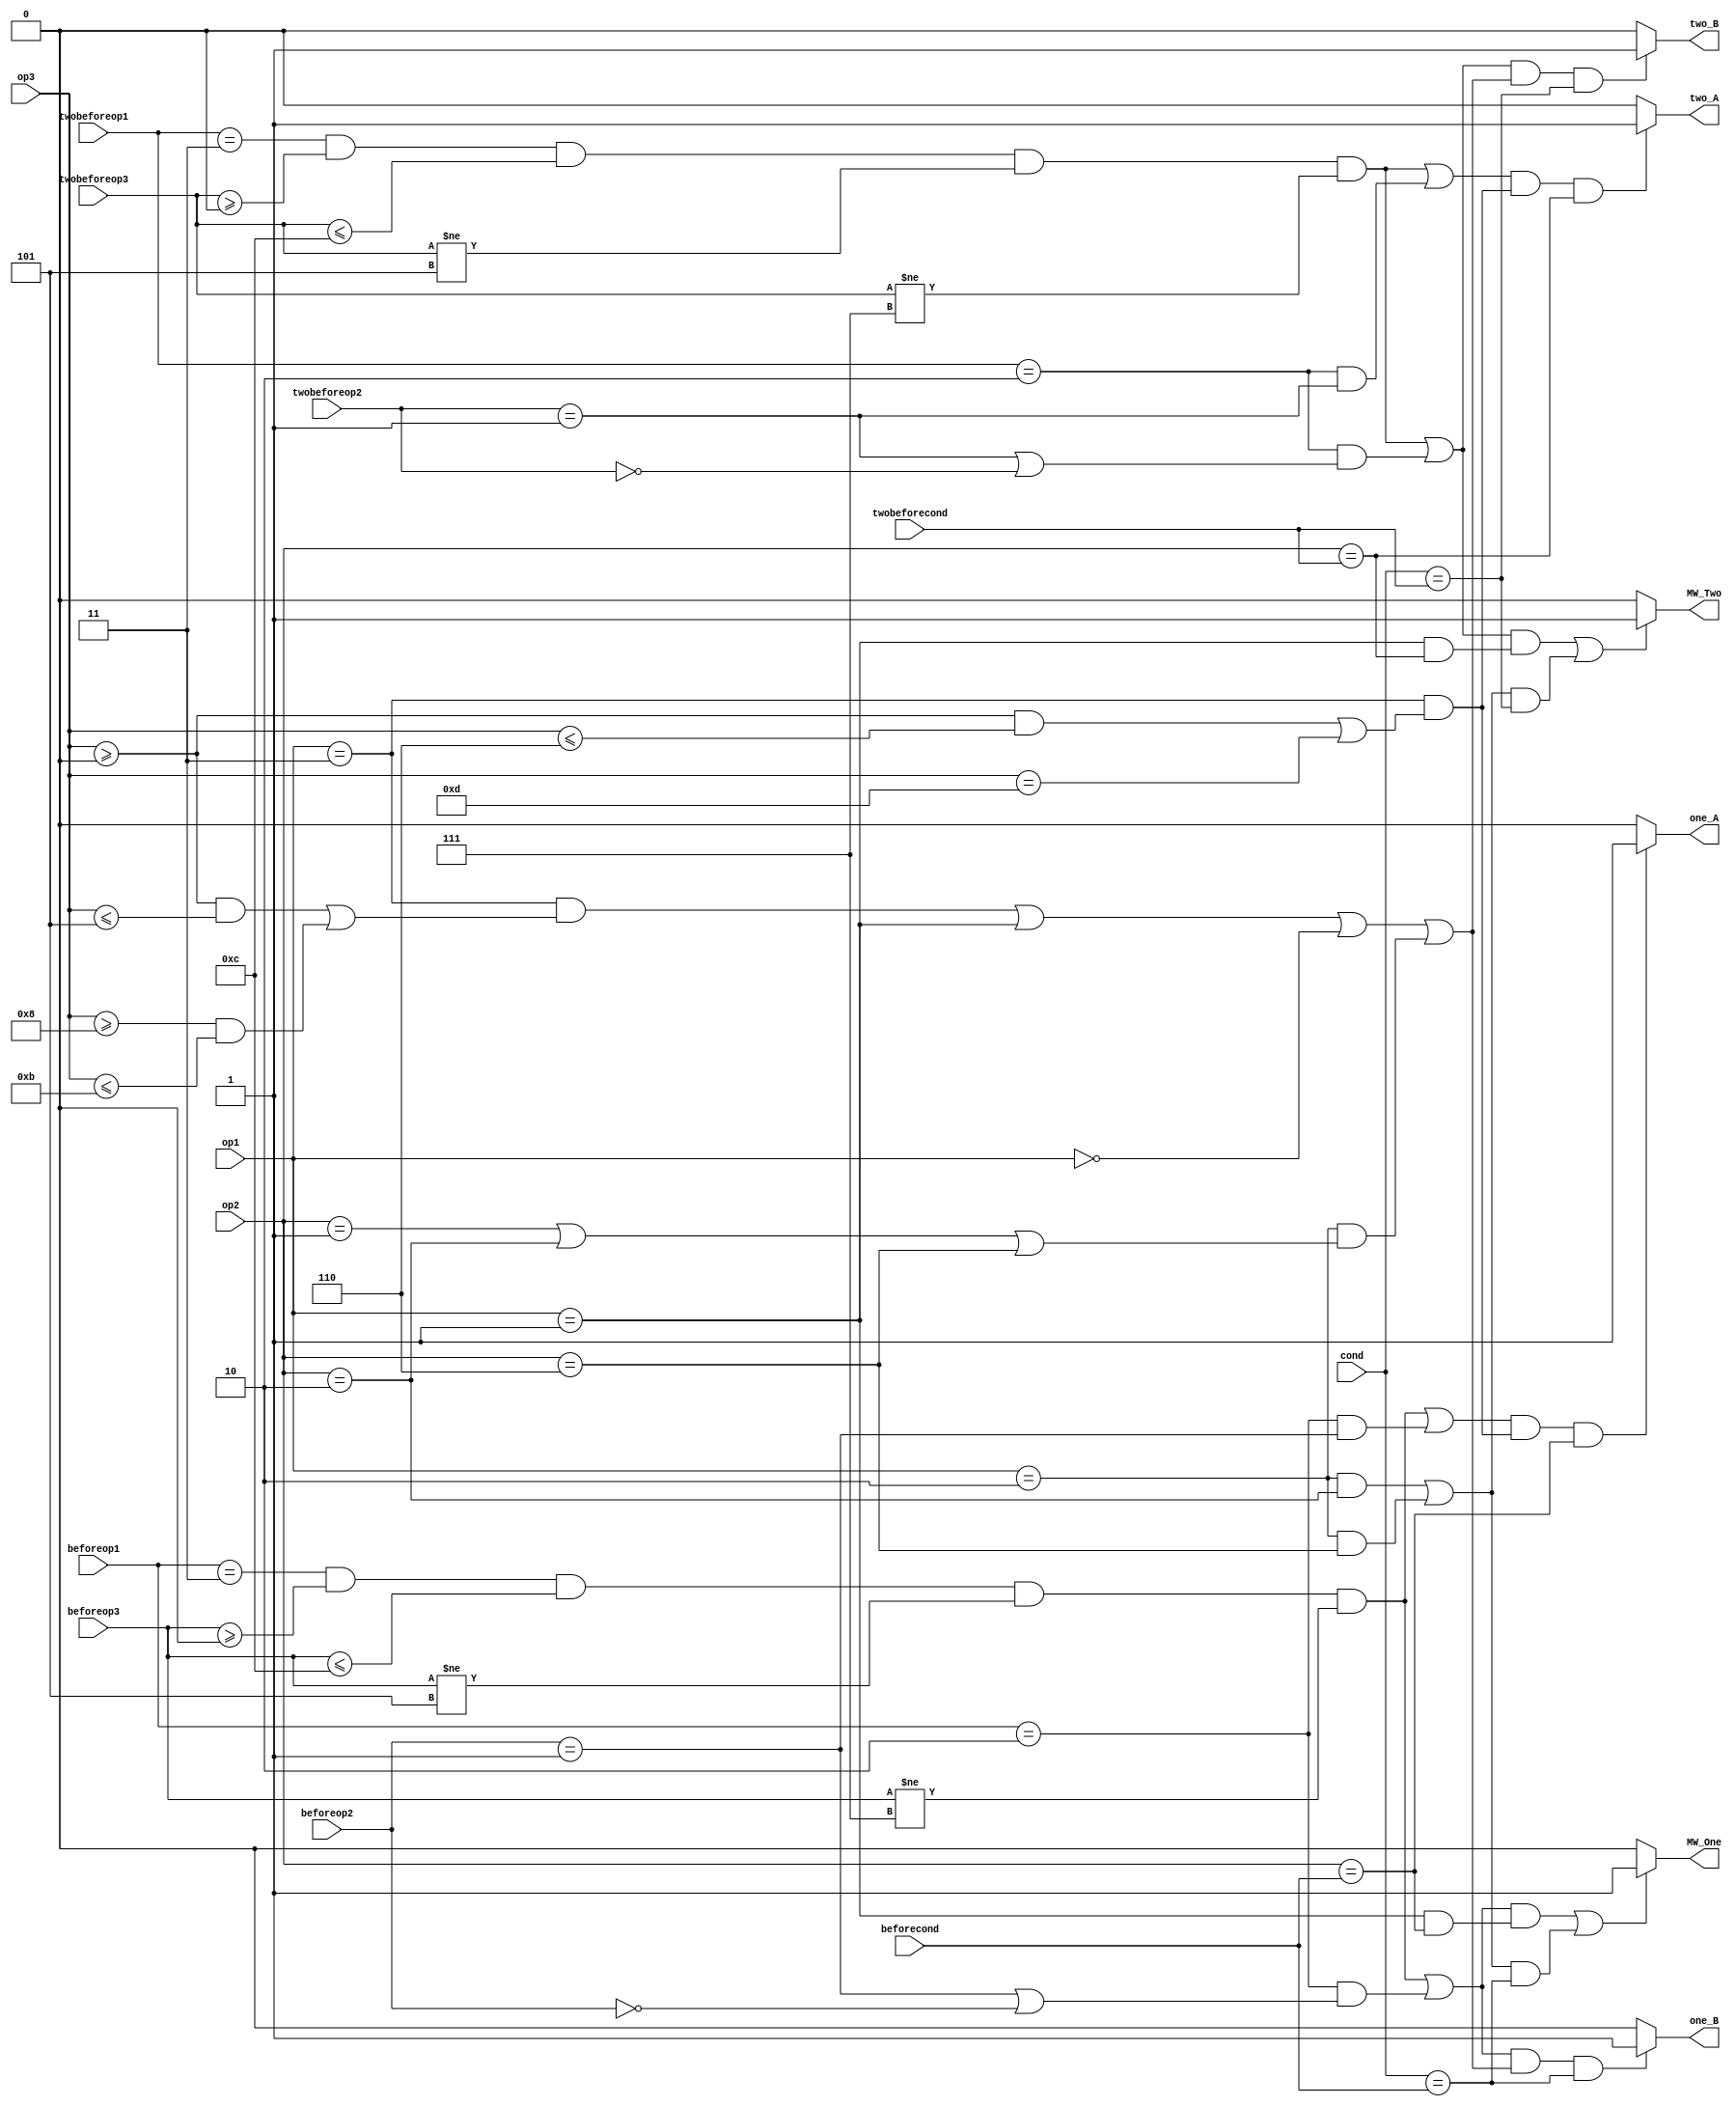
module ForwardingJudgment(
			  input [1:0] twobeforeop1,
			  input [2:0] twobeforeop2,twobeforecond,
			  input [3:0] twobeforeop3,
			  input [1:0] beforeop1,
			  input [2:0] beforeop2,beforecond,
			  input [3:0] beforeop3,
			  input [1:0] op1,
			  input [2:0] op2,cond,
			  input [3:0] op3,
                          output      one_A, one_B, two_A, two_B, MW_One, MW_Two);
   
   reg 				      oA, oB, tA, tB, mwo, mwt;
   
   //one_A
   always @ (op1 or op2 or cond or op3 or beforeop1 or beforeop2 or beforecond or beforeop3) begin
      if (((beforeop1 == 2'b11 
      	    && beforeop3 >= 4'b0000
            && beforeop3 <= 4'b1100
	    && beforeop3 != 4'b0101
	    && beforeop3 != 4'b0111)
           || (beforeop1 == 2'b10 && beforeop2 == 3'b001))
          && ((op1 == 2'b11 && ((op3 >= 4'b0000
                                 && op3 <= 4'b0110)
                                || op3 == 4'b1101)))
	  && op2 == beforecond)
        oA <= 1'b1;
      else
        oA <= 1'b0;
   end

   //two_A
   always @ (op1 or op2 or cond or op3 or twobeforeop1 or twobeforeop2 or twobeforecond or twobeforeop3) begin
      if (((twobeforeop1 == 2'b11
            && twobeforeop3 >= 4'b0000
	    && twobeforeop3 <= 4'b1100
	    && twobeforeop3 != 4'b0101
	    && twobeforeop3 != 4'b0111)
           || (twobeforeop1 == 2'b10 && twobeforeop2 == 3'b001))
          && ((op1 == 2'b11 && ((op3 >= 4'b0000
                                 && op3 <= 4'b0110)
                                || op3 == 4'b1101)))
	  && op2 == twobeforecond)
        tA <= 1'b1;
      else
        tA <= 1'b0;
   end

   //one_B
   always @ (op1 or op2 or cond or op3 or beforeop1 or beforeop2 or beforecond or beforeop3) begin
      if (((beforeop1 == 2'b11
            && beforeop3 >= 4'b0000
	    && beforeop3 <= 4'b1100
	    && beforeop3 != 4'b0101
	    && beforeop3 != 4'b0111)
           || (beforeop1 == 2'b10 && (beforeop2 == 3'b001 || beforeop2 == 3'b000)))
          && ((op1 == 2'b11 && ((op3 >= 4'b0000
                                 && op3 <= 4'b0101)
                                || (op3 >= 4'b1000
       	                            && op3 <= 4'b1011)))
              || (op1 == 2'b01)
              || (op1 == 2'b00)
              || (op1 == 2'b10 && (op2 == 3'b001
                                   || op2 == 3'b010
                                   || op2 == 3'b110)))
	  && cond == beforecond)
        oB <= 1'b1;
      else
        oB <= 1'b0;
   end

   //two_B
   always @ (op1 or op2 or cond or op3 or twobeforeop1 or twobeforeop2 or twobeforecond or twobeforeop3) begin
      if (((twobeforeop1 == 2'b11
            && twobeforeop3 >= 4'b0000
	    && twobeforeop3 <= 4'b1100
	    && twobeforeop3 != 4'b0101
	    && twobeforeop3 != 4'b0111)
           || (twobeforeop1 == 2'b10 && (twobeforeop2 == 3'b001 || twobeforeop2 == 3'b000)))
          && ((op1 == 2'b11 && ((op3 >= 4'b0000
	                         && op3 <= 4'b0101)
                                || (op3 >= 4'b1000
				    && op3 <= 4'b1011)))
              || (op1 == 2'b01)
              || (op1 == 2'b00)
              || (op1 == 2'b10 && (op2 == 3'b001
	                           || op2 == 3'b010
				   || op2 == 3'b110)))
	  && cond == twobeforecond)
        tB <= 1'b1;
      else
        tB <= 1'b0;
   end

   //MW_One
   always @ (op1 or op2 or cond or op3 or beforeop1 or beforeop2 or beforecond or beforeop3) begin
      if (((beforeop1 == 2'b11 
      	    && beforeop3 >= 4'b0000
            && beforeop3 <= 4'b1100
	    && beforeop3 != 4'b0101
	    && beforeop3 != 4'b0111)
           || (beforeop1 == 2'b10 && (beforeop2 == 3'b001 || beforeop2 == 3'b000)))
          && (op1 == 2'b01 && op2 == beforecond)
	      || (((op1 == 2'b10 && op2 == 3'b010)
                    || (op1 == 2'b10 && op2 == 3'b110)) 
		   && cond == beforecond))
        mwo <= 1'b1;
      else
        mwo <= 1'b0;
   end

   //MW_Two
   always @ (op1 or op2 or cond or op3 or twobeforeop1 or twobeforeop2 or twobeforecond or twobeforeop3) begin
      if (((twobeforeop1 == 2'b11
            && twobeforeop3 >= 4'b0000
	    && twobeforeop3 <= 4'b1100
	    && twobeforeop3 != 4'b0101
	    && twobeforeop3 != 4'b0111)
           || (twobeforeop1 == 2'b10 && (twobeforeop2 == 3'b001 || twobeforeop2 == 3'b000)))
          && (op1 == 2'b01 && op2 == twobeforecond)
	      || (((op1 == 2'b10 && op2 == 3'b010)
	            || (op1 == 2'b10 && op2 == 3'b110))
		   && cond == twobeforecond))
        mwt <= 1'b1;
      else
        mwt <= 1'b0;
   end
   
   assign one_A = oA;
   assign one_B = oB;
   assign two_A = tA;
   assign two_B = tB;
   assign MW_One = mwo;
   assign MW_Two = mwt;

endmodule